NAE_ERA_R-2362_Emakeele_Selts, lk 34
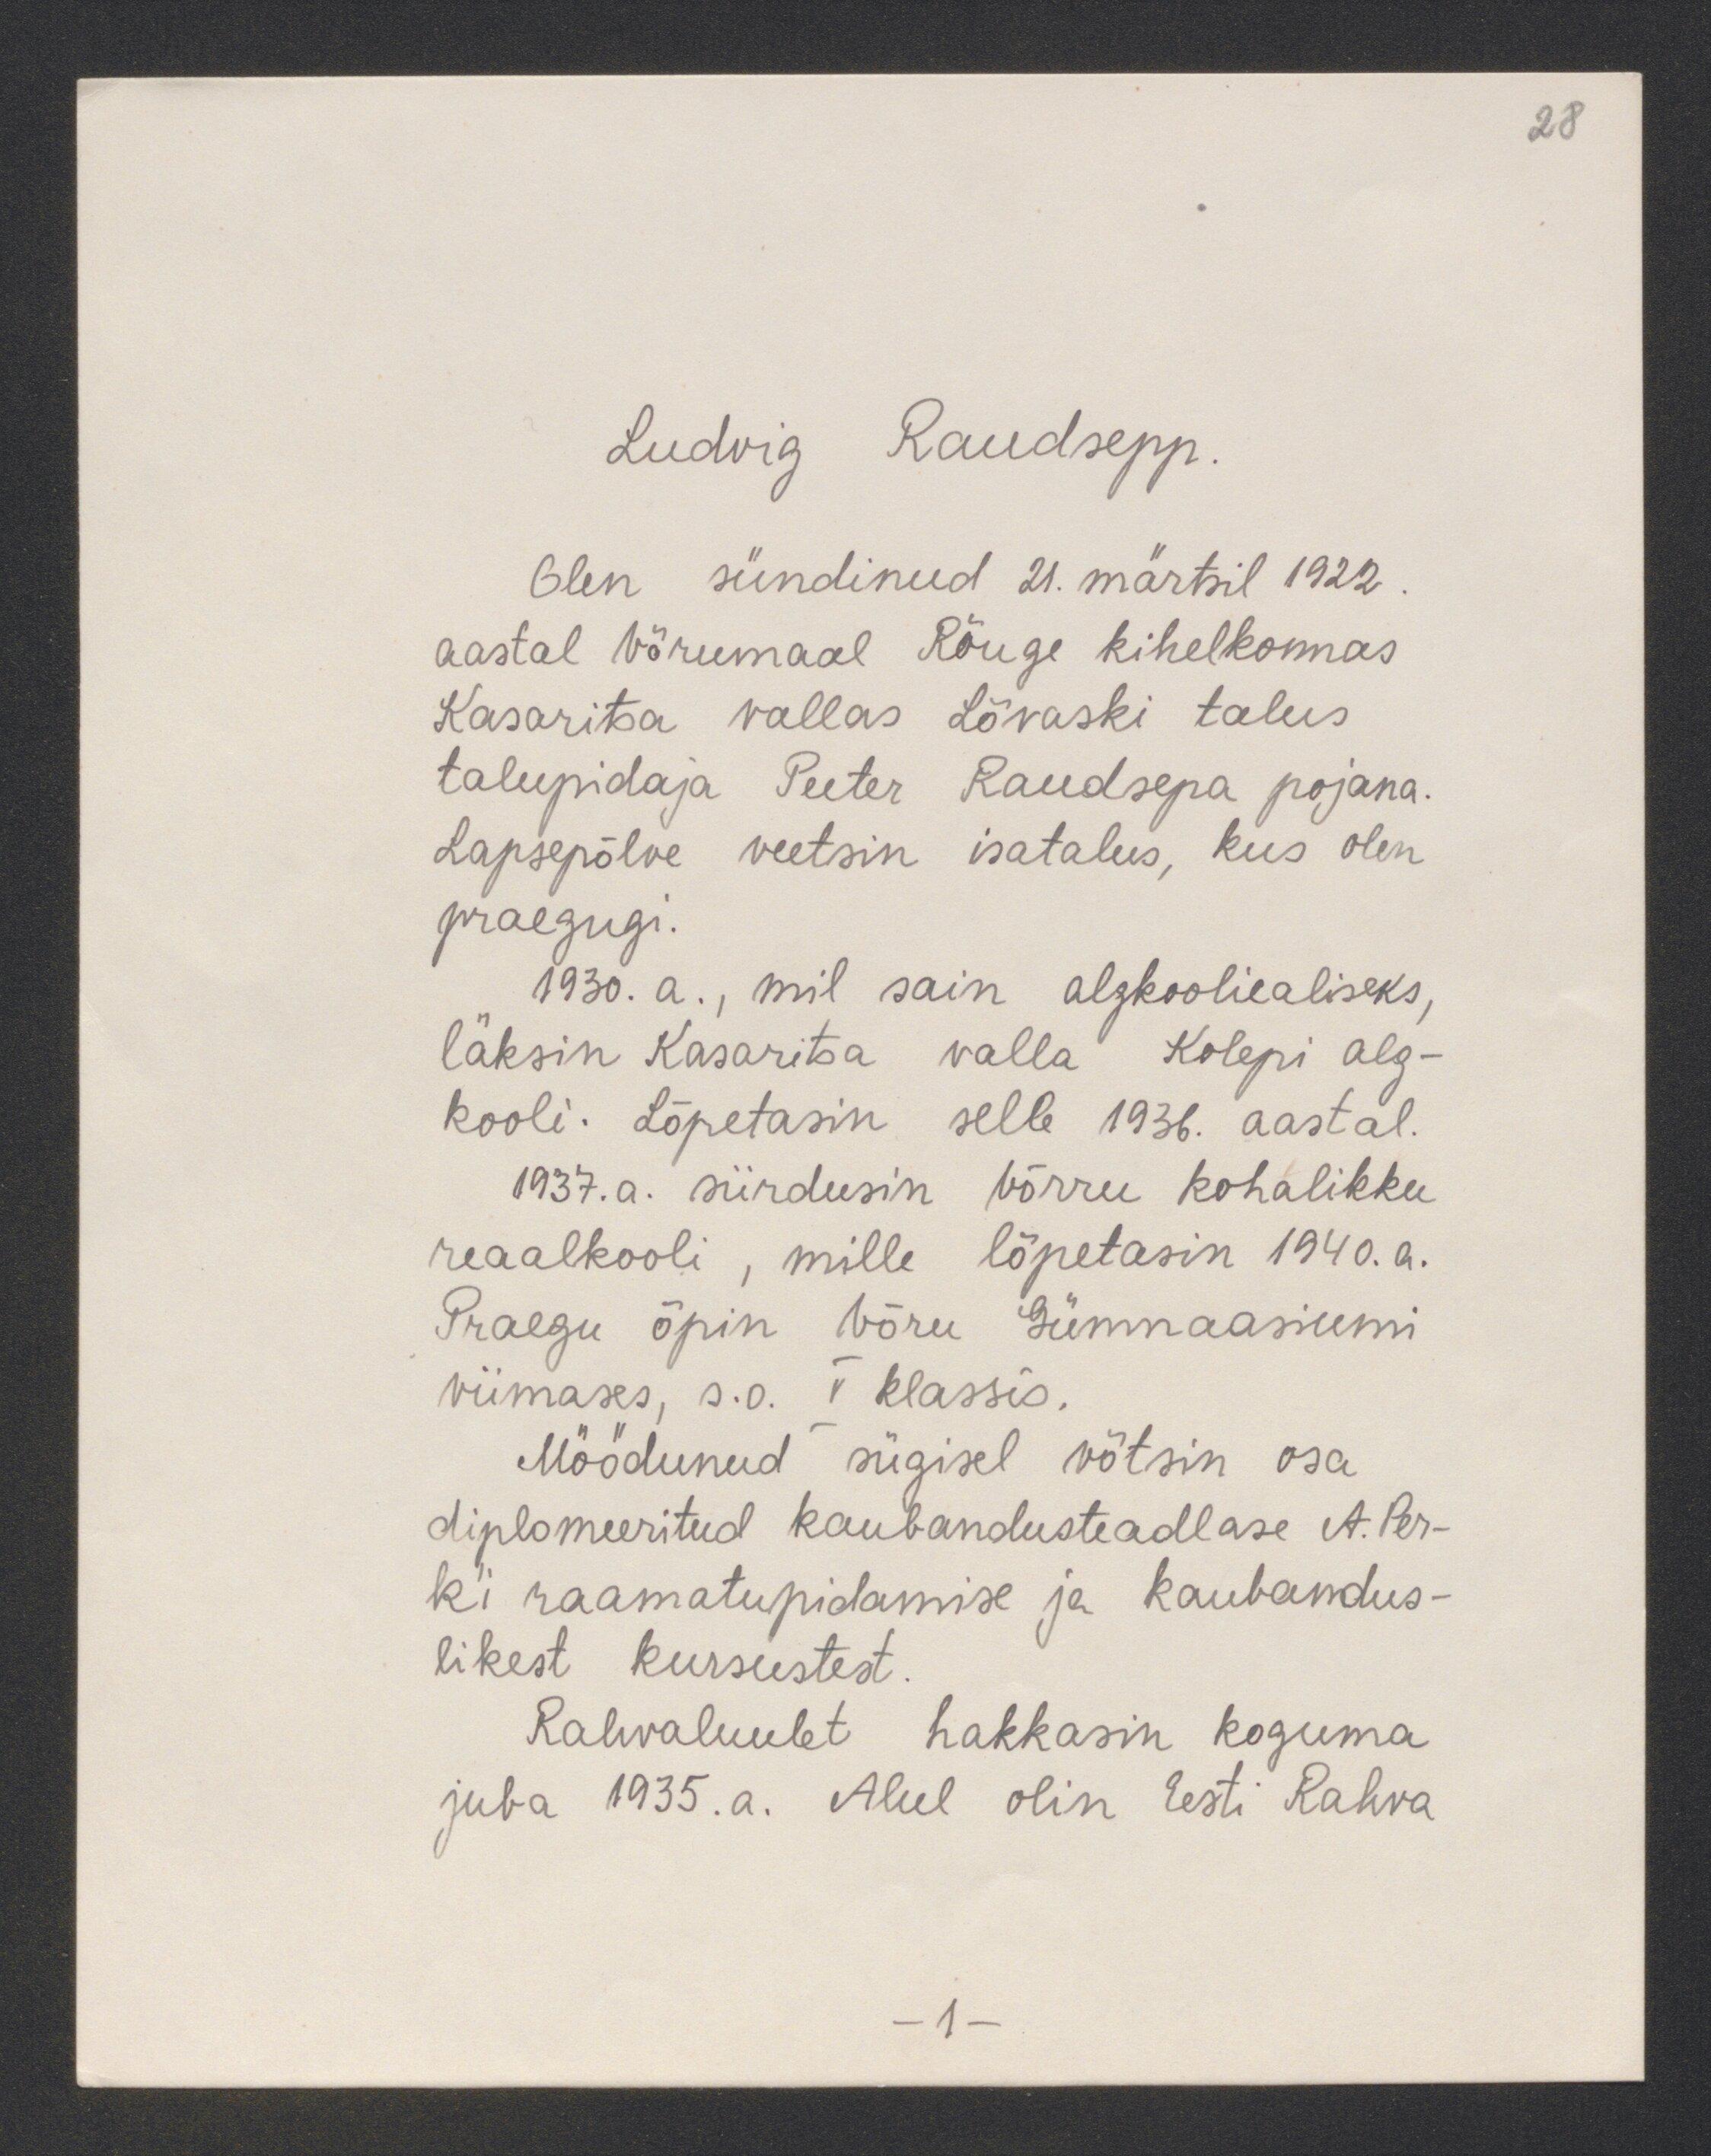
28

Ludvig Raudsepp.
Olen sündinud 21. märtsil 1922.
aastal Võrumaal Rõuge kihelkonnas
Kasaritsa vallas Lõvaski talus
talupidaja Peeter Raudsepa pojana.
Lapsepõlve veetsin isatalus, kus olen
praegugi.
1930. a., mil sain algkooliealiseks,
läksin kasaritsa valla Kolepi alg-
kooli. Lõpetasin selle 1936. aastal
1937. a. siirdusin võrru kohalikku
reaalkooli, mille lõpetasin 1940. a.
Praegu õpin Võru Gümnaasiumi
viimases, s.o. V klassis.
Möödunud sügisel võtsin osa
diplomeeritud kaubandusteadlase A. Ber-
ki raamatupidamise ja kaubandus-
likest kursustest
Rahvaluulet hakkasin koguma
juba 1935.a. Alul olin Eesti Rahva
-1-